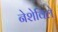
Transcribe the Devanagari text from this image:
नेशेविले